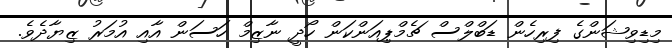
މިޑިވިޝަންގެ ފިރިހެން ޑަބްލްސް ޗެމްޕިއަންކަން ހޯދީ ނާޒިމް ހަސަން އާއި އުމަރު ޒިޔާދެވެ.